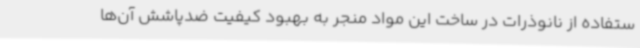
ستفاده از نانوذرات در ساخت این مواد منجر به بهبود کیفیت ضدپاشش آن‌ها